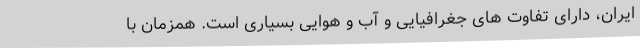
ایران، دارای تفاوت های جغرافیایی و آب و هوایی بسیاری است. همزمان با